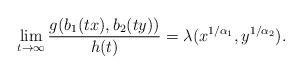
LaTeX: \begin{align*}\lim_{t\rightarrow\infty}\frac{g(b_1(tx),b_2(ty))}{h(t)}=\lambda(x^{1/\alpha_1},y^{1/\alpha_2}).\end{align*}